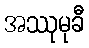
အဿုမုခီ